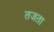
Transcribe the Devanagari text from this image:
तजता